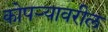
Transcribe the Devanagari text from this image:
कोपर्‍यावरील